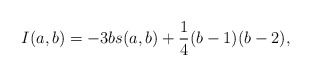
\begin{align*}I(a,b)=-3b s(a,b)+\frac{1}{4}(b-1)(b-2),\end{align*}